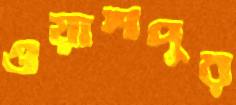
ওয়াশপুর